Indian journal of veterinary science and animal husbandry - Volumes 26-27, 1956-1957
Year: 1956
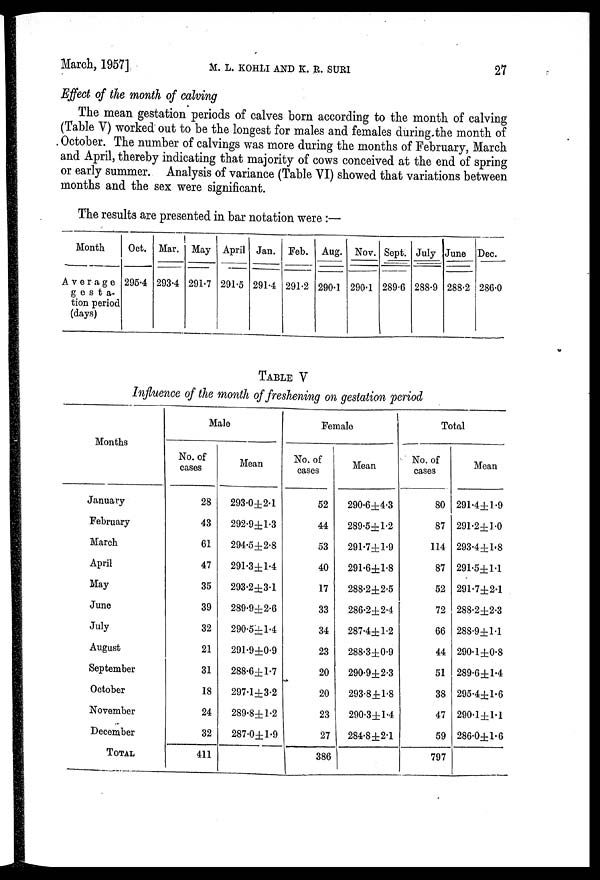
March, 1957]
M.
L.
KOHLI
AND
K.
B.
SUM
27
Effect of the month of calving
The mean gestation periods of calves born according to the month of calving
(Table V) worked out to be the longest for males and females during the month of
October. The number of calvings was more during the months of February, March
and April, thereby indicating that majority of cows conceived at the end of spring
or early summer. Analysis of variance (Table VI) showed that variations between
months and the sex were significant.
The results are presented in bar notation were :—
Month
Average
gesta-
tion period
(days)
Oct.
295.4
Mar.
293.4
May
291.7
April
291.5
Jan.
291.4
Feb.
291.2
Aug.
290.1
Nov.
290.1
Sept.
289.6
July
288.9
June
288.2
Dec.
286.0
TABLE V
Influence of the month of freshening on gestation period
Months
January
February
March
April
May
June
July
August
September
October
November
December
TOTAL
Male
No. of
cases
28
43
61
47
35
39
32
21
31
18
24
32
411
Mean
293.0±2.1
292.9±1.3
294.5±2.8
291.3±1.4
293.2±3.1
289.9±2.6
290.5±1.4
291.9±0.9
288.6±1.7
297.1±3.2
289.8±1.2
287.0±1.9
Female
No. of
cases
52
44
53
40
17
33
34
23
20
20
23
27
386
Mean
290.6±4.3
289.5±1.2
291.7±1.9
291.6±1.8
288.2±2.5
286.2±2.4
287.4±1.2
288.3±0.9
290.9±2.3
293.8±1.8
290.3±1.4
284.8±2.1
Total
No. of
cases
80
87
114
87
52
72
66
44
51
38
47
59
797
Mean
291.4±1.9
291.2±1.0
293.4±1.8
291.5±1.1
291.7±2.1
288.2±2.3
288.9±1.1
290.1±0.8
289.6±1.4
295.4±1.6
290.1±1.1
286.0±1.6